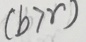
( b > r )